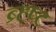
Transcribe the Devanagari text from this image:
ब्र्ह्ष्ट